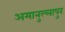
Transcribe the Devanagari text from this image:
अमानुल्लापुर